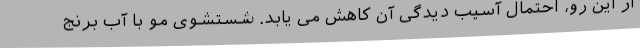
از این رو، احتمال آسیب دیدگی آن کاهش می یابد. شستشوی مو با آب برنج